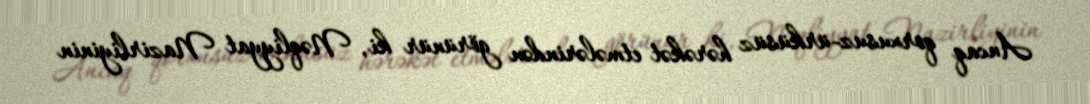
Ancaq qorxusuz-ürküsüz hərəkət etmələrindən görünür ki, Nəqliyyat Nazirliyinin